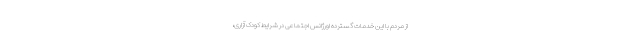
از مردم با این خدمات گسترده اورژانس اجتماعی در شرایط کودک آزاری،